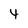
Character: 4